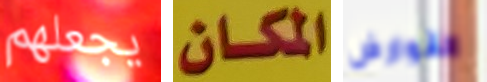
يجعلهم المكان القوارض